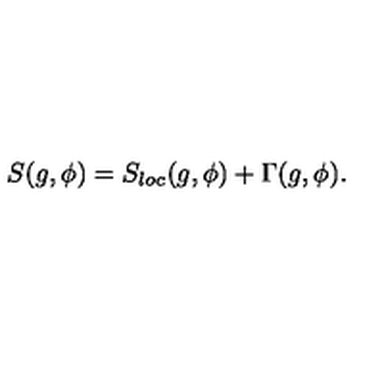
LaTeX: S ( g , \phi ) = S _ { l o c } ( g , \phi ) + \Gamma ( g , \phi ) .